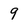
Character: 9